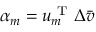
\alpha _ { m } = \boldsymbol { u } _ { m } ^ { \mathrm { ~ T ~ } } \Delta \bar { \boldsymbol { v } }